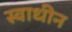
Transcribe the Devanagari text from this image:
स्‍वाधीन